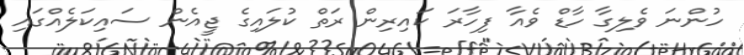
ހުންނަ ވެލިގާ ހާޑް ވެެއާ ފިހާރަ ކައިރިން ރަތް ކުލައިގެ ޖީއެން ސައިކަލެއްގައި